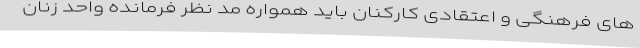
های فرهنگی و اعتقادی کارکنان باید همواره مد نظر فرمانده واحد زنان